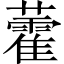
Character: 藿